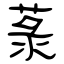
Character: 菉